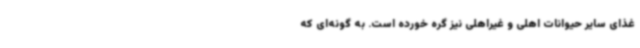
غذای سایر حیوانات اهلی و غیراهلی نیز گره خورده است. به گونه‌ای که